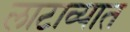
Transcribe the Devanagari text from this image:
लाटाव्यात